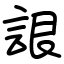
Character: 詪